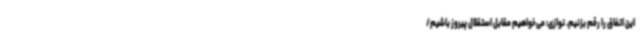
این اتفاق را رقم بزنیم. نوازی: می‌خواهیم مقابل استقلال پیروز باشیم/